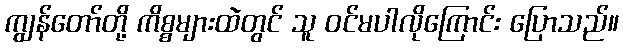
ကျွန်တော်တို့ ကိစ္စများထဲတွင် သူ ဝင်မပါလိုကြောင်း ပြောသည်။